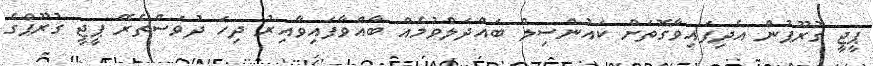
ޕީޖީ ގުރޫޕުން އެދިފައިވާގޮތަށް ކައުންސިލް ބައްދަލްވުމެއް ބާއްވާފައިވާއިރު ދިހަ ދުވަސްތެރޭ ޕީޖީ ގުރޫޕްގެ